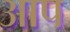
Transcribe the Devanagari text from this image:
अाप